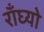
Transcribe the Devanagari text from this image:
राँघ्यो